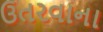
ઉતરવાના